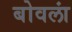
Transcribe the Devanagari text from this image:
बोवलां